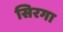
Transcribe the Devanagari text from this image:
सिरगा